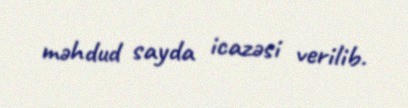
məhdud sayda icazəsi verilib.